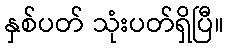
နှစ်ပတ် သုံးပတ်ရှိပြီ။